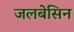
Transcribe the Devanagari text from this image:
जलबेसिन